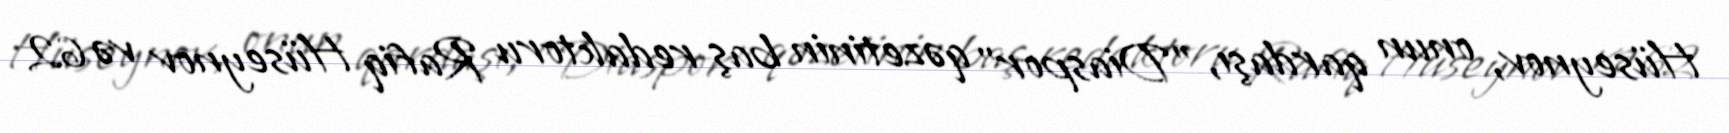
Hüseynov, onun qardaşı, ”Diaspor" qəzetinin baş redaktoru Rafiq Hüseynov və 62